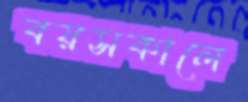
বয়সকালে